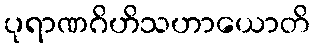
ပုရာဏဂိဟိသဟာယောတိ